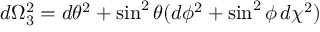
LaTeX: d \Omega _ { 3 } ^ { 2 } = d \theta ^ { 2 } + \sin ^ { 2 } \theta ( d \phi ^ { 2 } + \sin ^ { 2 } \phi \, d \chi ^ { 2 } )